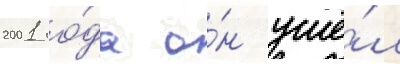
2001 го́да о́н ушё́л